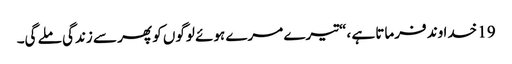
19 خدا وند فرماتا ہے ،“تیرے مرے ہوئے لوگوں کو پھر سے زندگی ملے گی۔